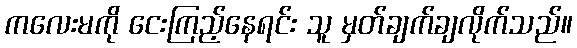
ကလေးမကို ငေးကြည့်နေရင်း သူ မှတ်ချက်ချလိုက်သည်။